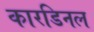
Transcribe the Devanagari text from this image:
कारडिनल